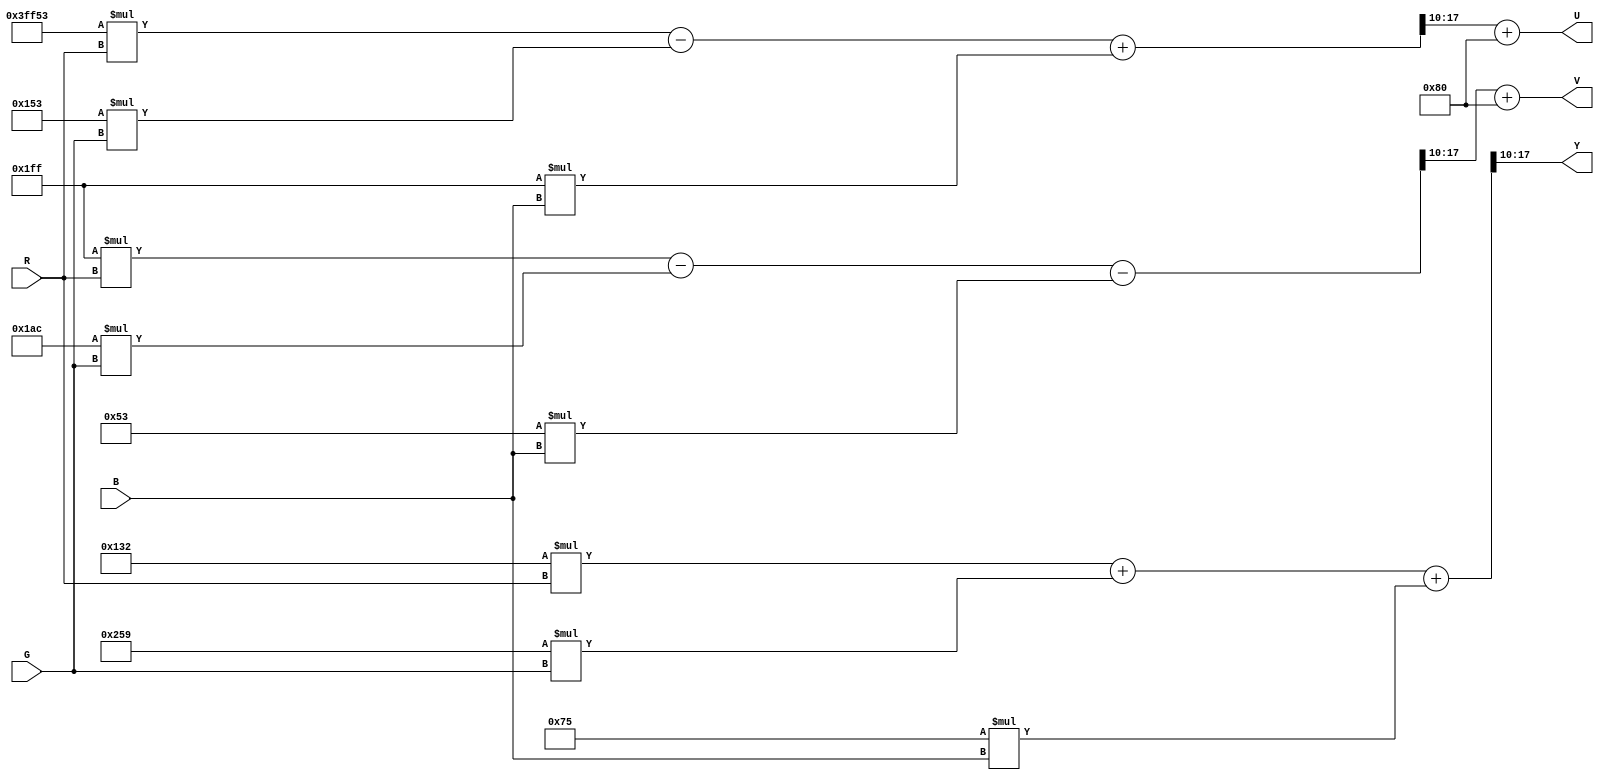
module RGB2YUV (
		input [7:0] R,
		input [7:0] B,
		input [7:0] G,
		
		output [7:0] Y,
		output [7:0] U,
		output [7:0] V
	);
	
	assign Y = ((18'd306*R + 18'd601*G + 18'd117*B) >> 8'd10);
	assign U = ((- 18'd173*R - 18'd339*G + 18'd511*B) >> 8'd10) + 8'd128;
	assign V = ((18'd511*R - 18'd428*G - 18'd83*B) >> 8'd10) + 8'd128;
	
endmodule // RGB2YUV